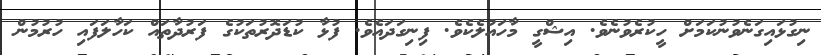
ނިގުޅައިގަނެވުނުކަމަށް ހީކުރެވުނެވެ. އިޝްގީ މާހައުލެކެވެ. ފިނިގަދައެވެ. ފުޅާ ކުޑަދޮރުތަކުގެ ފަރުދާތައް ކަހާލަފައި ހުރުމުން